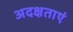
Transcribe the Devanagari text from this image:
अदक्षताएं